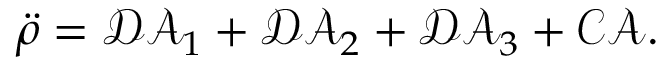
\ddot { \rho } = \mathcal { D A } _ { 1 } + \mathcal { D A } _ { 2 } + \mathcal { D A } _ { 3 } + \mathcal { C A } .